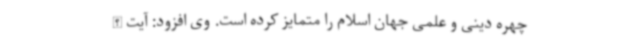
چهره دینی و علمی جهان اسلام را متمایز کرده است. وی افزود: آیت الله